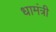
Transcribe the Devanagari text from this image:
धामंत्री